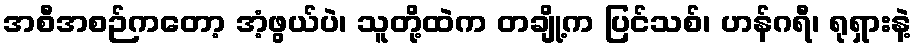
အစီအစဉ်ကတော့ အံ့ဖွယ်ပဲ၊ သူတို့ထဲက တချို့က ပြင်သစ်၊ ဟန်ဂရီ၊ ရုရှားနဲ့